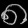
Digit: ၈